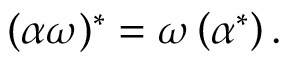
( \alpha \omega ) ^ { * } = \omega \left( \alpha ^ { * } \right) .